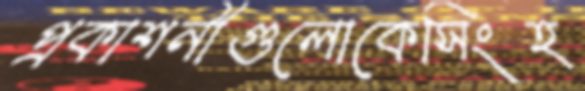
প্রকাশনীগুলোকেসিংহ